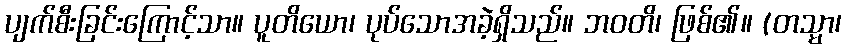
ပျက်စီးခြင်းကြောင့်သာ။ ပူတိယော၊ ပုပ်သောအခဲ့ရှိသည်။ ဘဝတိ၊ ဖြစ်၏။ (တသ္မာ၊